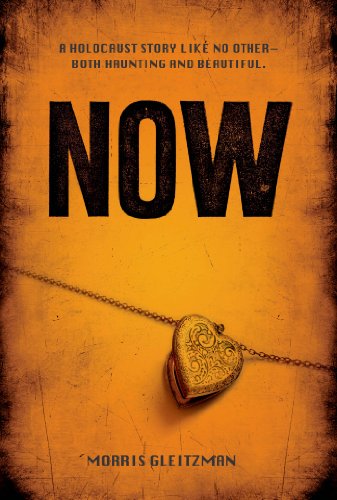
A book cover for Now (Once Series); Morris Gleitzman; Teen & Young Adult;